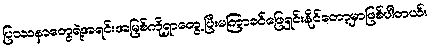
ပြဿနာတွေရဲ့အရင်းအမြစ်ကိုရှာတွေ့ပြီးမကြာခင်ဖြေရှင်းနိုင်တော့မှာဖြစ်ပါတယ်။